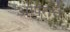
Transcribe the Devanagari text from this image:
ओपेराचे